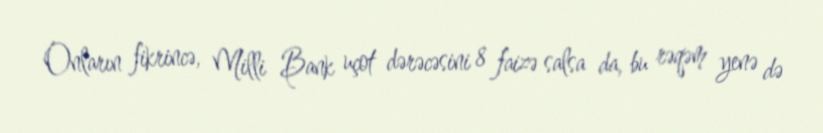
Onların fikrincə, Milli Bank uçot dərəcəsini 8 faizə salsa da, bu rəqəm yenə də